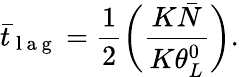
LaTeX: {{\bar{t}}_{\mathrm{~l~a~g~}}}=\frac{1}{2}\bigg(\frac{{K\bar{N}}}{K\theta_{L}^{0}}\bigg).